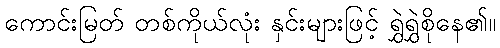
ကောင်းမြတ် တစ်ကိုယ်လုံး နှင်းများဖြင့် ရွှဲရွှဲစိုနေ၏။